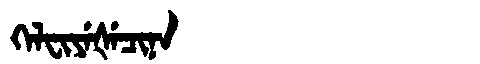
Manchu: ᡴᡝᠯᠸᡳᠶᡝᡧᡝᠴᡳᠨᠠ
Romanization: KELFIYEŠECINA